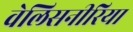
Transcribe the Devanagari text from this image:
वेलिसनीरिया